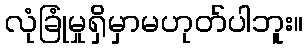
လုံခြုံမှုရှိမှာမဟုတ်ပါဘူး။